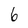
Character: 6